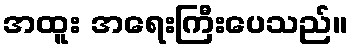
အထူး အရေးကြီးပေသည်။